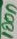
Text: 100n